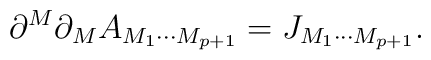
\partial ^{M}\partial _{M}A_{M_{1}\cdots M_{p+1}}=J_{M_{1}\cdots M_{p+1}}.